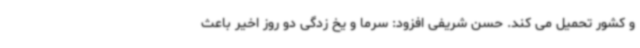
و کشور تحمیل می کند. حسن شریفی افزود: سرما و یخ زدگی دو روز اخیر باعث